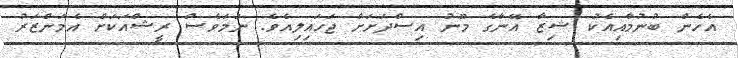
އެހެން ބުނުމާއިއެކު ޝިޒާ އޭނާގެ މޫނު އިސްދަށަށް ޖަހައިލިއެވެ. ނަމަވެސް ރީޝްއަކަށް އެމަންޒަރު